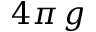
4 \pi \, g